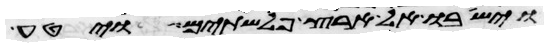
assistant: וישבו אל ארץ פלשתים ויטע